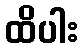
ထိပါး